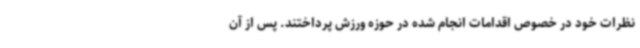
نظرات خود در خصوص اقدامات انجام شده در حوزه ورزش پرداختند. پس از آن